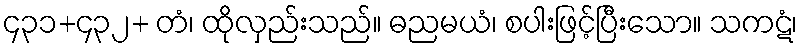
၄၃၁+၄၃၂+ တံ၊ ထိုလှည်းသည်။ ဓညမယံ၊ စပါးဖြင့်ပြီးသော။ သကဋံ၊